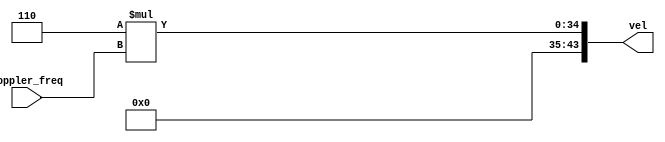
// -------------------------------------------------------------
// 
// 
// Generated by MATLAB 9.14 and HDL Coder 4.1
// 
// -------------------------------------------------------------


// -------------------------------------------------------------
// 
// Module: Vel_Calculation
// Source Path: RSP/RSP/Velocity Processor/Doppler Processing/Vel Calculation
// Hierarchy Level: 3
// 
// -------------------------------------------------------------

`timescale 1 ns / 1 ns

module Vel_Calculation
          (doppler_freq,
           vel);


  input   [31:0] doppler_freq;  // ufix32_En5
  output  [43:0] vel;  // ufix44_En11


  wire [11:0] Lambda_out1;  // ufix12_En6
  wire [43:0] Product_out1;  // ufix44_En11


  assign Lambda_out1 = 12'b000000000110;



  assign Product_out1 = Lambda_out1 * doppler_freq;



  assign vel = Product_out1;

endmodule  // Vel_Calculation